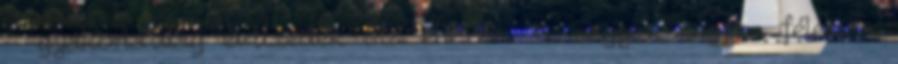
- gyakorlatilag évtizedek óta éhezem. 5. nagyon-nagyon félek a